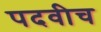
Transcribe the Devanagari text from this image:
पदवीच